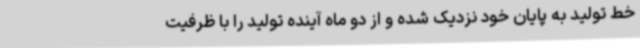
خط تولید به پایان خود نزدیک شده و از دو ماه آینده تولید را با ظرفیت